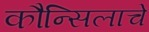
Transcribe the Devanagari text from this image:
कौन्सिलाचे